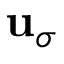
{ \bf u } _ { \sigma }